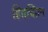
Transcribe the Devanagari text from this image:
हितचिंतन